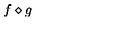
f \diamond g